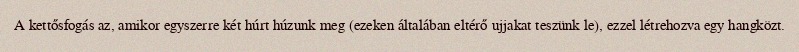
A kettősfogás az, amikor egyszerre két húrt húzunk meg (ezeken általában eltérő ujjakat teszünk le), ezzel létrehozva egy hangközt.